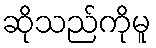
ဆိုသည်ကိုမူ